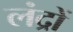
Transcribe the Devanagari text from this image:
लंद्रों